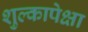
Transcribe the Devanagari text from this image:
शुल्कापेक्षा